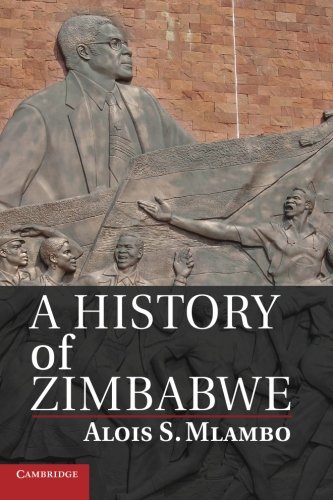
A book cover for A History of Zimbabwe; Professor Alois S. Mlambo; History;